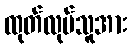
ထုတ်လုပ်သူအား